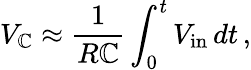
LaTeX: V_{\mathbb{C}}\approx{\frac{{1}}{{R\mathbb{C}}}}\int_{0}^{t}V_{\mathrm{{in}}}\, dt\, ,